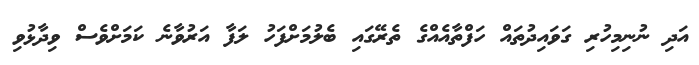
އަދި ނުނިމިހުރި ގަވައިދުތައް ހަފްތާއެއްގެ ތެރޭގައި ބެލުމަށްފަހު ލަފާ އަރުވާނެ ކަމަށްވެސް ވިދާޅުވި